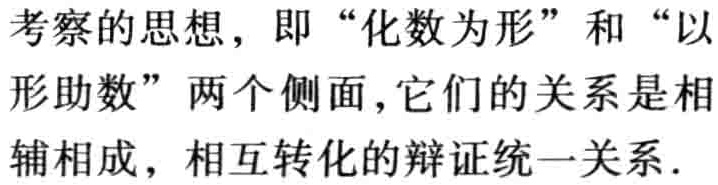
考察的思想，即“化数为形”和“以形助数”两个侧面，它们的关系是相辅相成，相互转化的辩证统一关系.